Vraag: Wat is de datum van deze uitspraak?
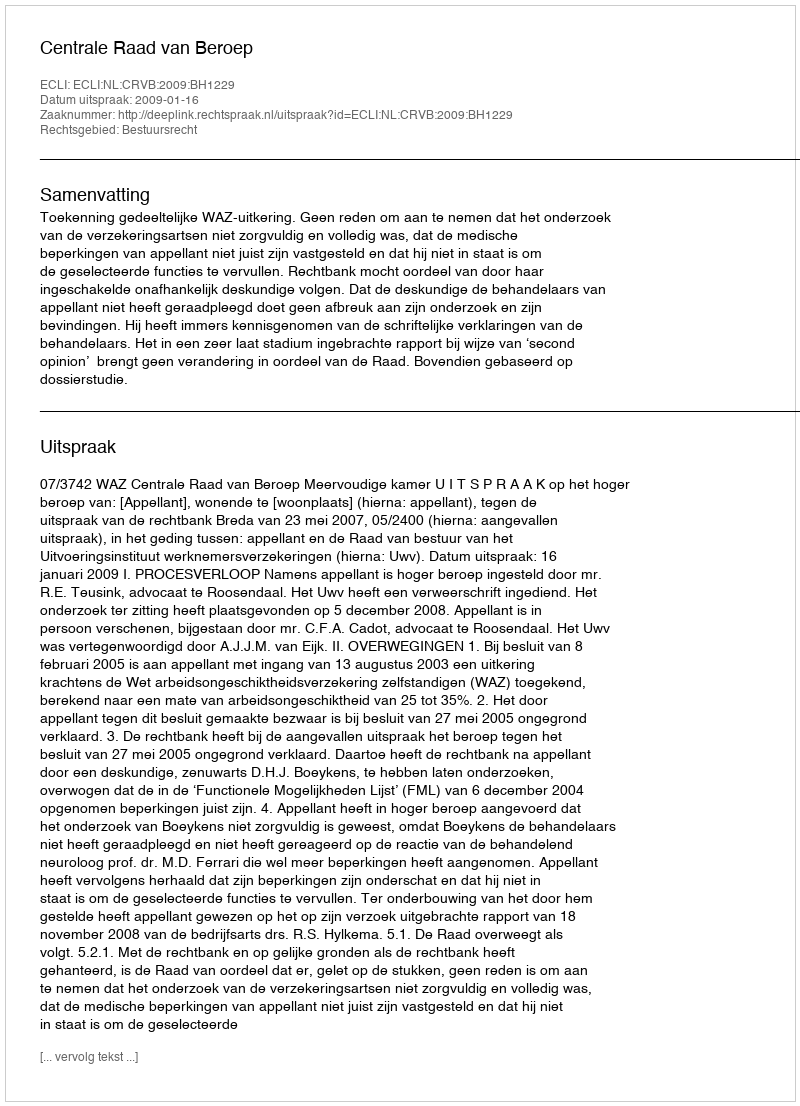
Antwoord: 2009-01-16